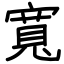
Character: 寬